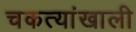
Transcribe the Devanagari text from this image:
चकत्यांखाली